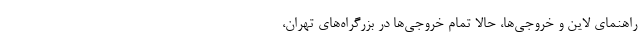
راهنمای لاین و خروجی‌ها، حالا تمام خروجی‌ها در بزرگراه‌های تهران،